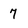
Character: 7